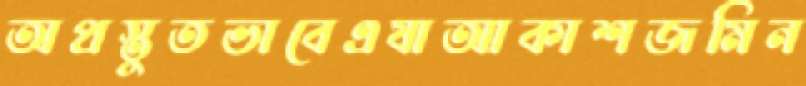
অপ্রস্তুতভাবেএষাআকাশজমিন